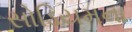
સોડિયમના